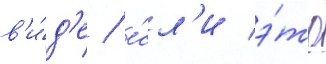
в'и́д'е / е́сл'и э́то